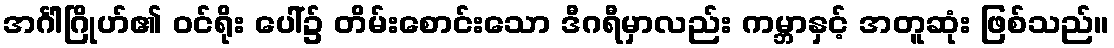
အင်္ဂါဂြိုဟ်၏ ဝင်ရိုး ပေါ်၌ တိမ်းစောင်းသော ဒီဂရီမှာလည်း ကမ္ဘာနှင့် အတူဆုံး ဖြစ်သည်။